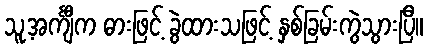
သူ့အင်္ကျီက ဓားဖြင့် ခွဲထားသဖြင့် နှစ်ခြမ်းကွဲသွားပြီ။